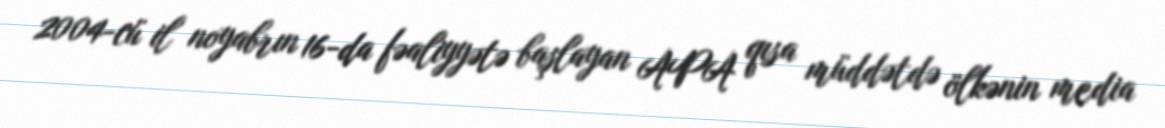
2004-cü il noyabrın 16-da fəaliyyətə başlayan APA qısa müddətdə ölkənin media